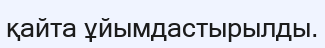
қайта ұйымдастырылды.